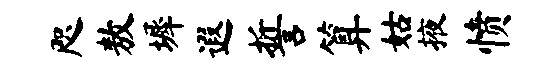
咫敖墀遐誓算姑掖愤